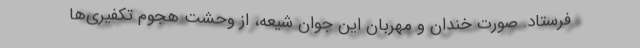
فرستاد. صورت خندان و مهربان این جوان شیعه، از وحشت هجوم تکفیری‌ها